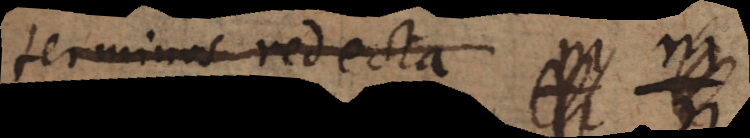
terminos redacta,